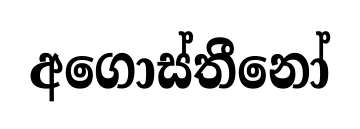
අගොස්තීනෝ